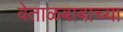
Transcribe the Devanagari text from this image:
वेताळबाबाच्या